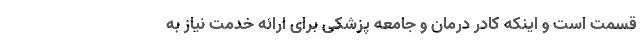
قسمت است و اینکه کادر درمان و جامعه پزشکی برای ارائه خدمت نیاز به